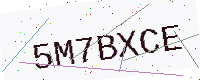
Text: 5M7BXCE